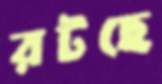
রটছে